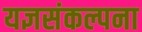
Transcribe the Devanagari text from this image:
यज्ञसंकल्पना